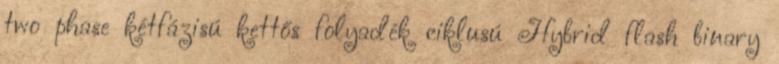
two phase kétfázisú kettős folyadék ciklusú Hybrid flash binary